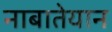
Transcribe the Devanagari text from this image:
नाबातेयान